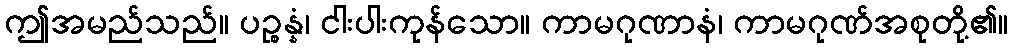
ဤအမည်သည်။ ပဉ္စန္နံ၊ ငါးပါးကုန်သော။ ကာမဂုဏာနံ၊ ကာမဂုဏ်အစုတို့၏။